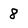
Character: 8